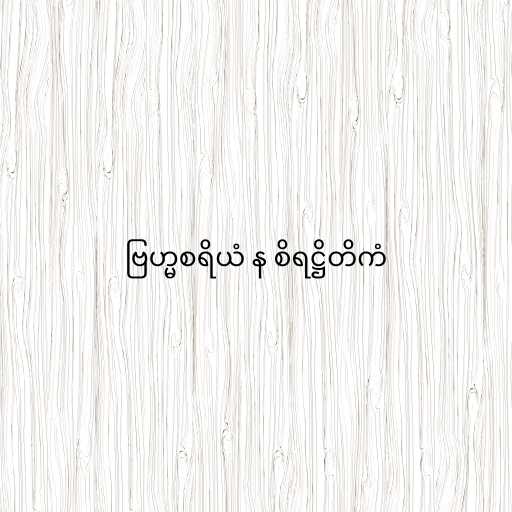
ဗြဟ္မစရိယံ န စိရဋ္ဌိတိကံ